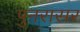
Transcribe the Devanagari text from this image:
पुनरासर